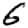
Digit: 6